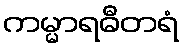
ကမ္မာရဓီတရံ